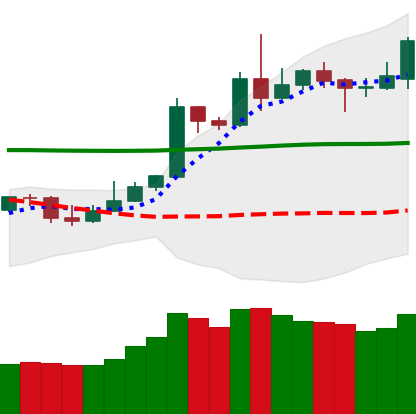
Ticker: DOGE-USD
Chart end date: 2020-05-07
Forward return: -7.545%
Label: down_7plus